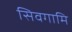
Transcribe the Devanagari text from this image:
सिवगामि